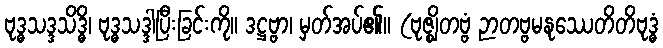
ဗုဒ္ဓသဒ္ဒသိဒ္ဓိ၊ ဗုဒ္ဓသဒ္ဒါပြီးခြင်းကို။ ဒဋ္ဌဗ္ဗာ၊ မှတ်အပ်၏။ (ဗုဇ္ဈိတဗ္ဗံ ဉာတဗ္ဗမနုဿေတိတိဗုဒ္ဓံ